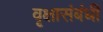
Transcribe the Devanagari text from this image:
वृक्षासंबंधी